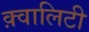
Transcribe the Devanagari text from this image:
क़्वालिटी